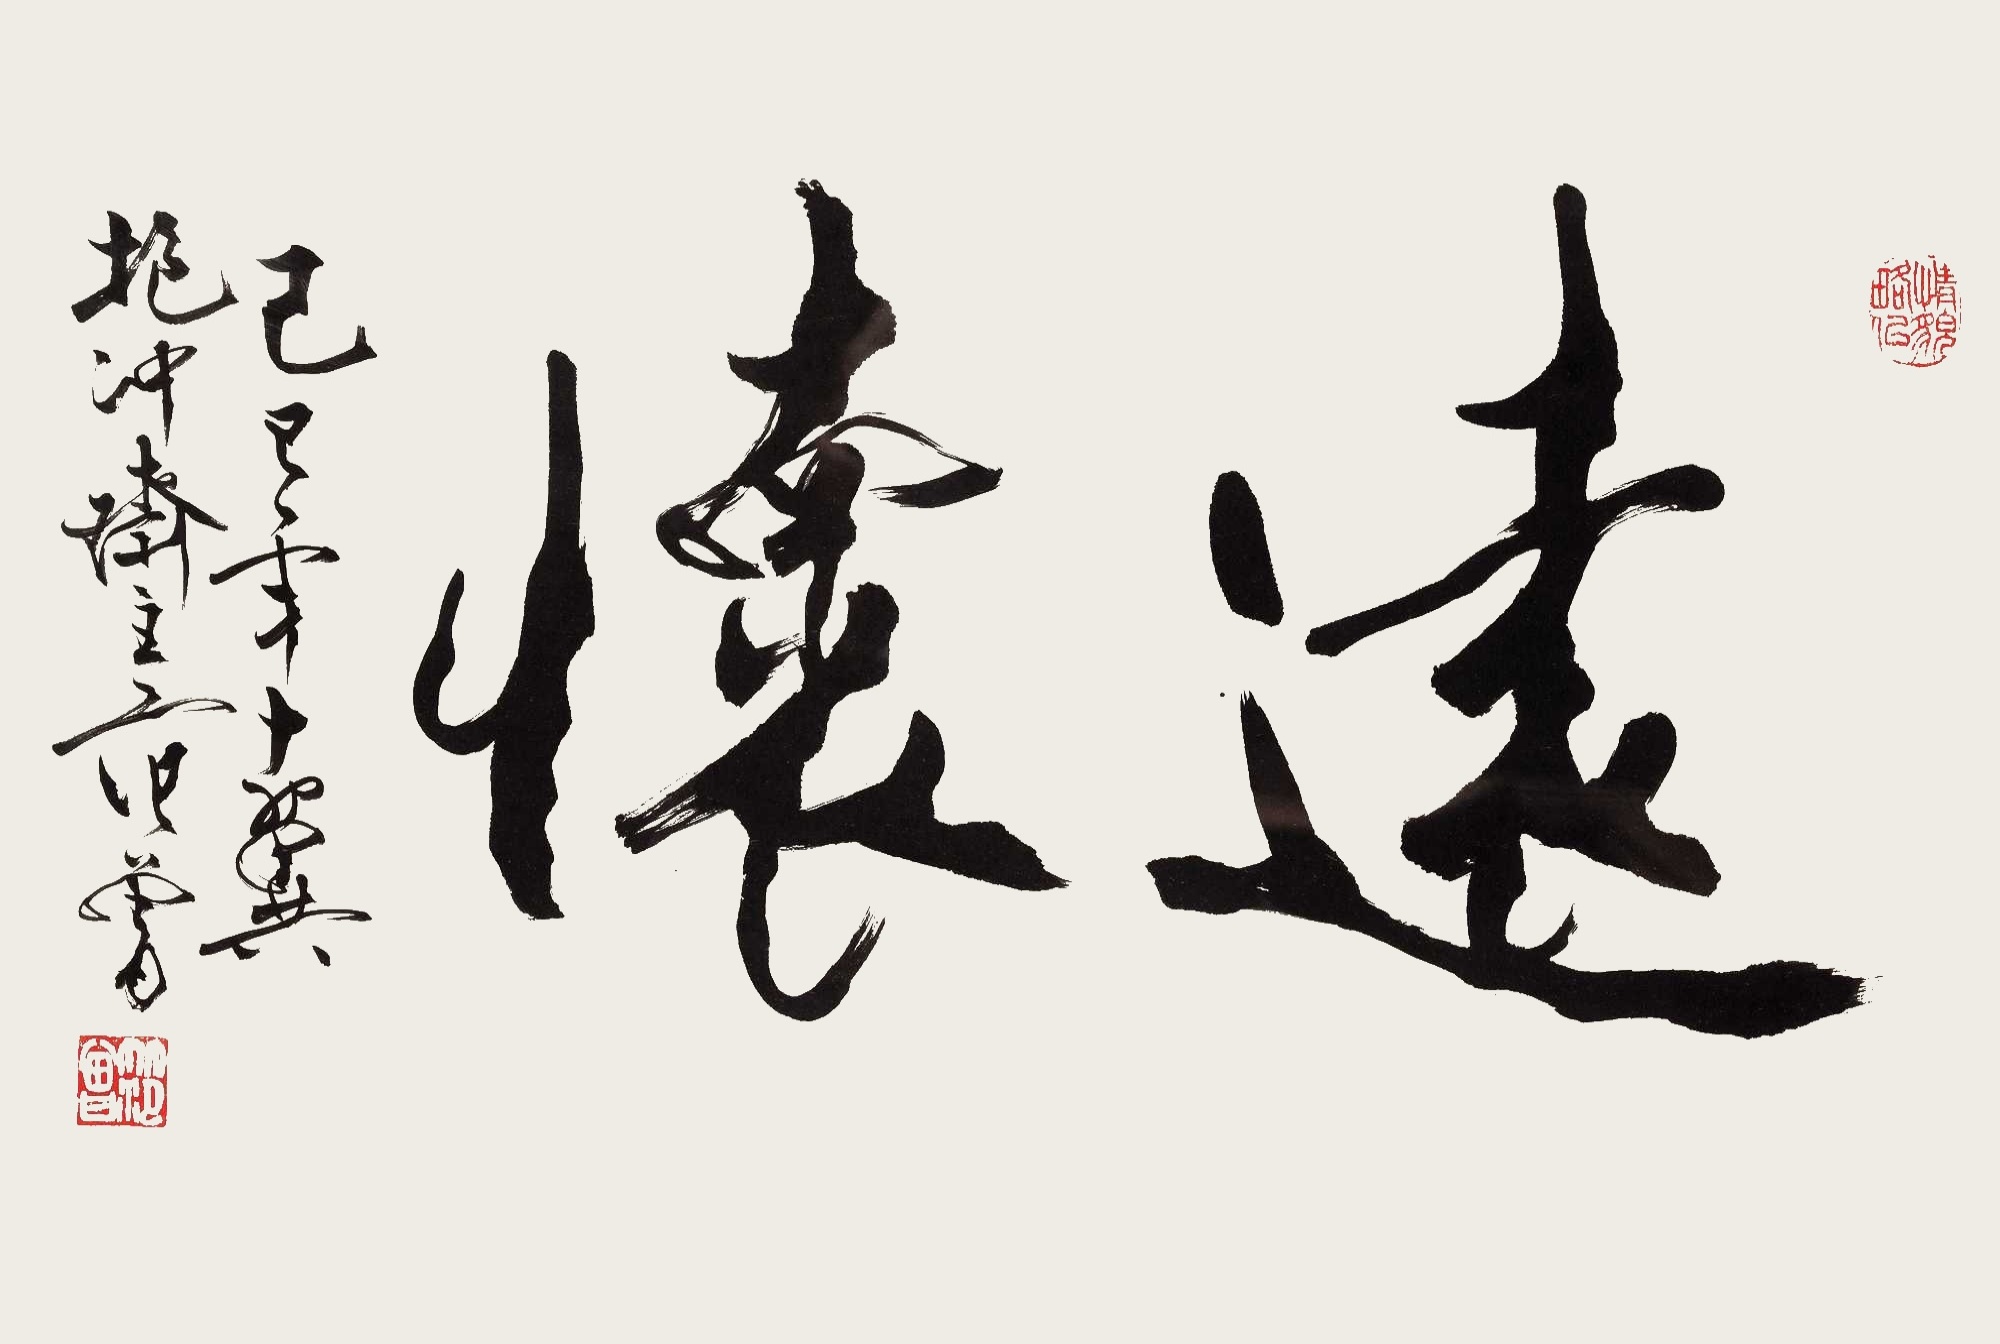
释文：远怀己巳年，十翼抱冲斋主范曾。